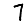
Digit: 7